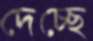
দেচ্ছে